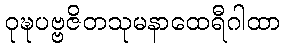
ဝုဍ္ဎပဗ္ဗဇိတသုမနာထေရီဂါထာ